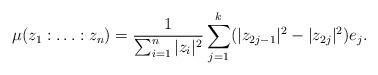
LaTeX: \begin{align*}\mu(z_1: \ldots : z_n)=\frac{1}{\sum_{i=1}^n |z_i|^2}\sum_{j=1}^{k} (|z_{2j-1}|^2 - |z_{2j}|^2)e_j.\end{align*}